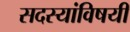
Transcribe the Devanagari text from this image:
सदस्यांविषयी